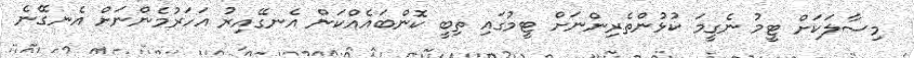
މިސާލަކަށް ޓީމު ނެގީމަ ކުޅުންތެރިންނަށް ޓީމުގައި ތިބީ ކޮންބައެއްކަން އެނގޭއިރު އަހަރުމެންނަށް އެނގޭނެ